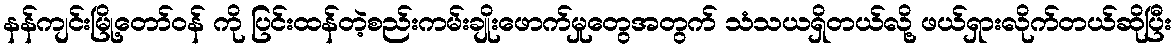
နန်ကျင်းမြို့တော်ဝန် ကို ပြင်းထန်တဲ့စည်းကမ်းချိုးဖောက်မှုတွေအတွက် သံသယရှိတယ်လို့ ဖယ်ရှားလိုက်တယ်ဆိုပြီး